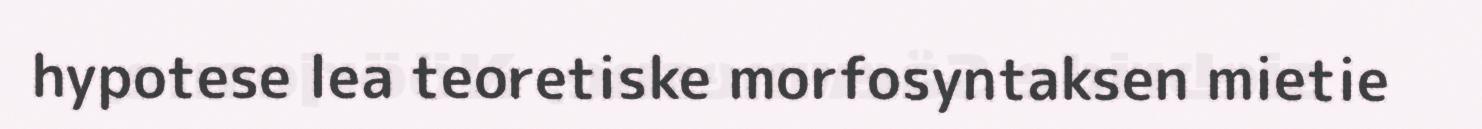
hypotese lea teoretiske morfosyntaksen mietie